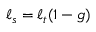
\ell _ { s } = \ell _ { t } ( 1 - g )